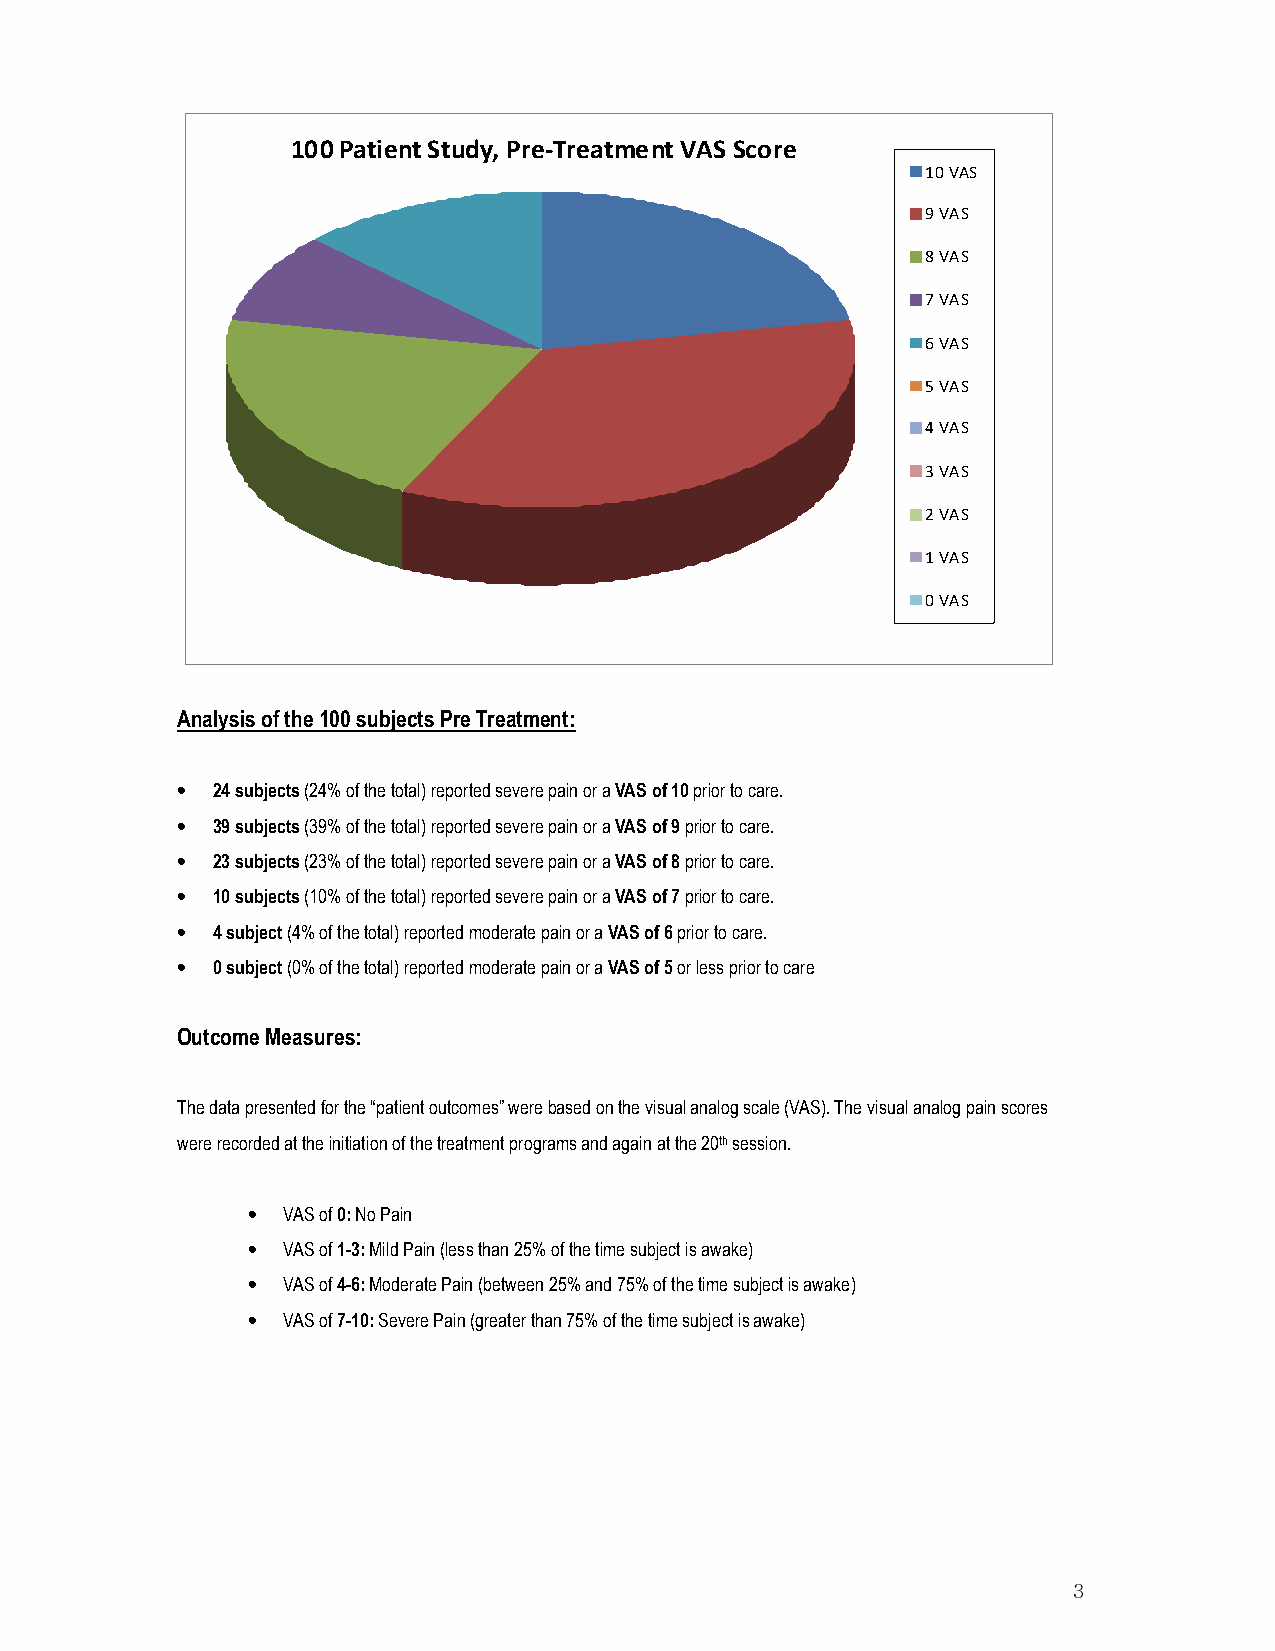
100 Patient Study, Pre-Treatment VAS Score
 10 VAS
 9 VAS
 8 VAS
 7 VAS
 6 VAS
 5 VAS
 4 VAS
 3 VAS
 2 VAS
 1 VAS
 0 VAS
 Analysis of the 100 subjects Pre Treatment:
 • 24 subjects (24% of the total) reported severe pain or a VAS of 10 prior to care.
 • 39 subjects (39% of the total) reported severe pain or a VAS of 9 prior to care.
 • 23 subjects (23% of the total) reported severe pain or a VAS of 8 prior to care.
 • 10 subjects (10% of the total) reported severe pain or a VAS of 7 prior to care.
 • 4 subject (4% of the total) reported moderate pain or a VAS of 6 prior to care.
 • 0 subject (0% of the total) reported moderate pain or a VAS of 5 or less prior to care
 Outcome Measures:
 The data presented for the “patient outcomes” were based on the visual analog scale (VAS). The visual analog pain scores
 were recorded at the initiation of the treatment programs and again at the 20th session.
 •  VAS of 0: No Pain
 •  VAS of 1-3: Mild Pain (less than 25% of the time subject is awake)
 •  VAS of 4-6: Moderate Pain (between 25% and 75% of the time subject is awake)
 •  VAS of 7-10: Severe Pain (greater than 75% of the time subject is awake)
 3